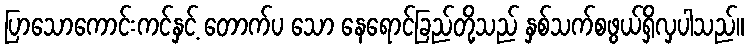
ပြာသောကောင်းကင်နှင့် တောက်ပ သော နေရောင်ခြည်တို့သည် နှစ်သက်စဖွယ်ရှိလှပါသည်။